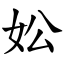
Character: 妐